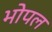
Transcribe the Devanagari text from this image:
भोपल